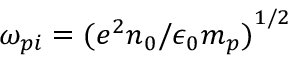
\omega _ { p i } = { ( e ^ { 2 } n _ { 0 } / \epsilon _ { 0 } m _ { p } ) } ^ { 1 / 2 }